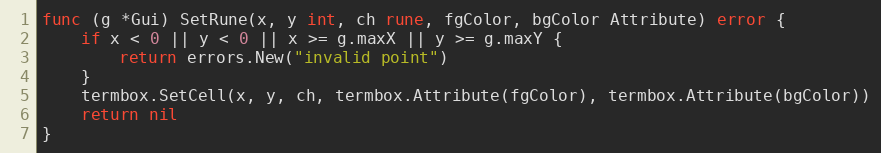
Language: Go
func (g *Gui) SetRune(x, y int, ch rune, fgColor, bgColor Attribute) error {
	if x < 0 || y < 0 || x >= g.maxX || y >= g.maxY {
		return errors.New("invalid point")
	}
	termbox.SetCell(x, y, ch, termbox.Attribute(fgColor), termbox.Attribute(bgColor))
	return nil
}